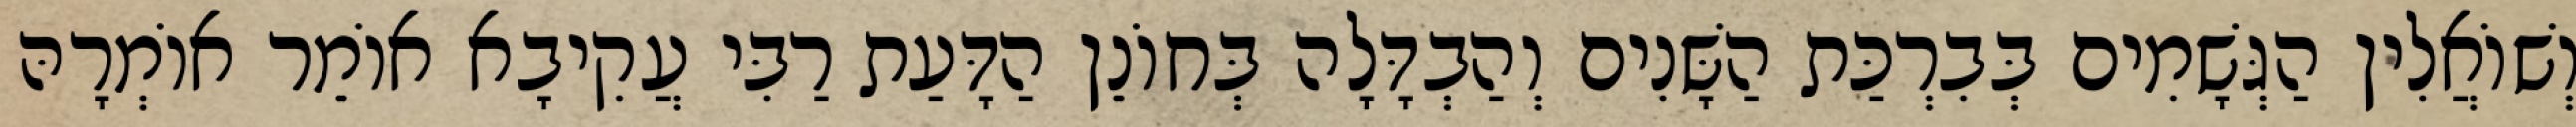
וְשׁוֹאֲלִין הַגְּשָׁמִים בְּבִרְכַּת הַשָּׁנִים וְהַבְדָּלָה בְּחוֹנֵן הַדָּעַת רַבִּי עֲקִיבָא אוֹמֵר אוֹמְרָהּ